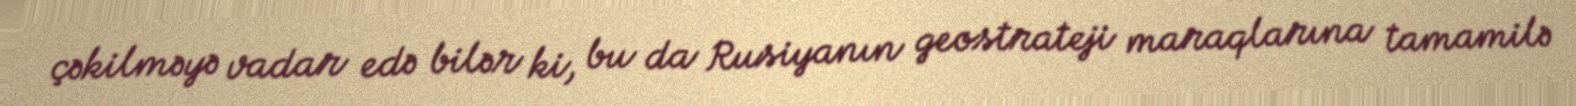
çəkilməyə vadar edə bilər ki, bu da Rusiyanın geostrateji maraqlarına tamamilə